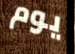
يوم